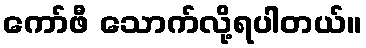
ကော်ဖီ သောက်လို့ရပါတယ်။